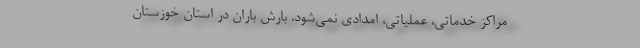
مراکز خدماتی، عملیاتی، امدادی نمی‌شود. بارش باران در استان خوزستان